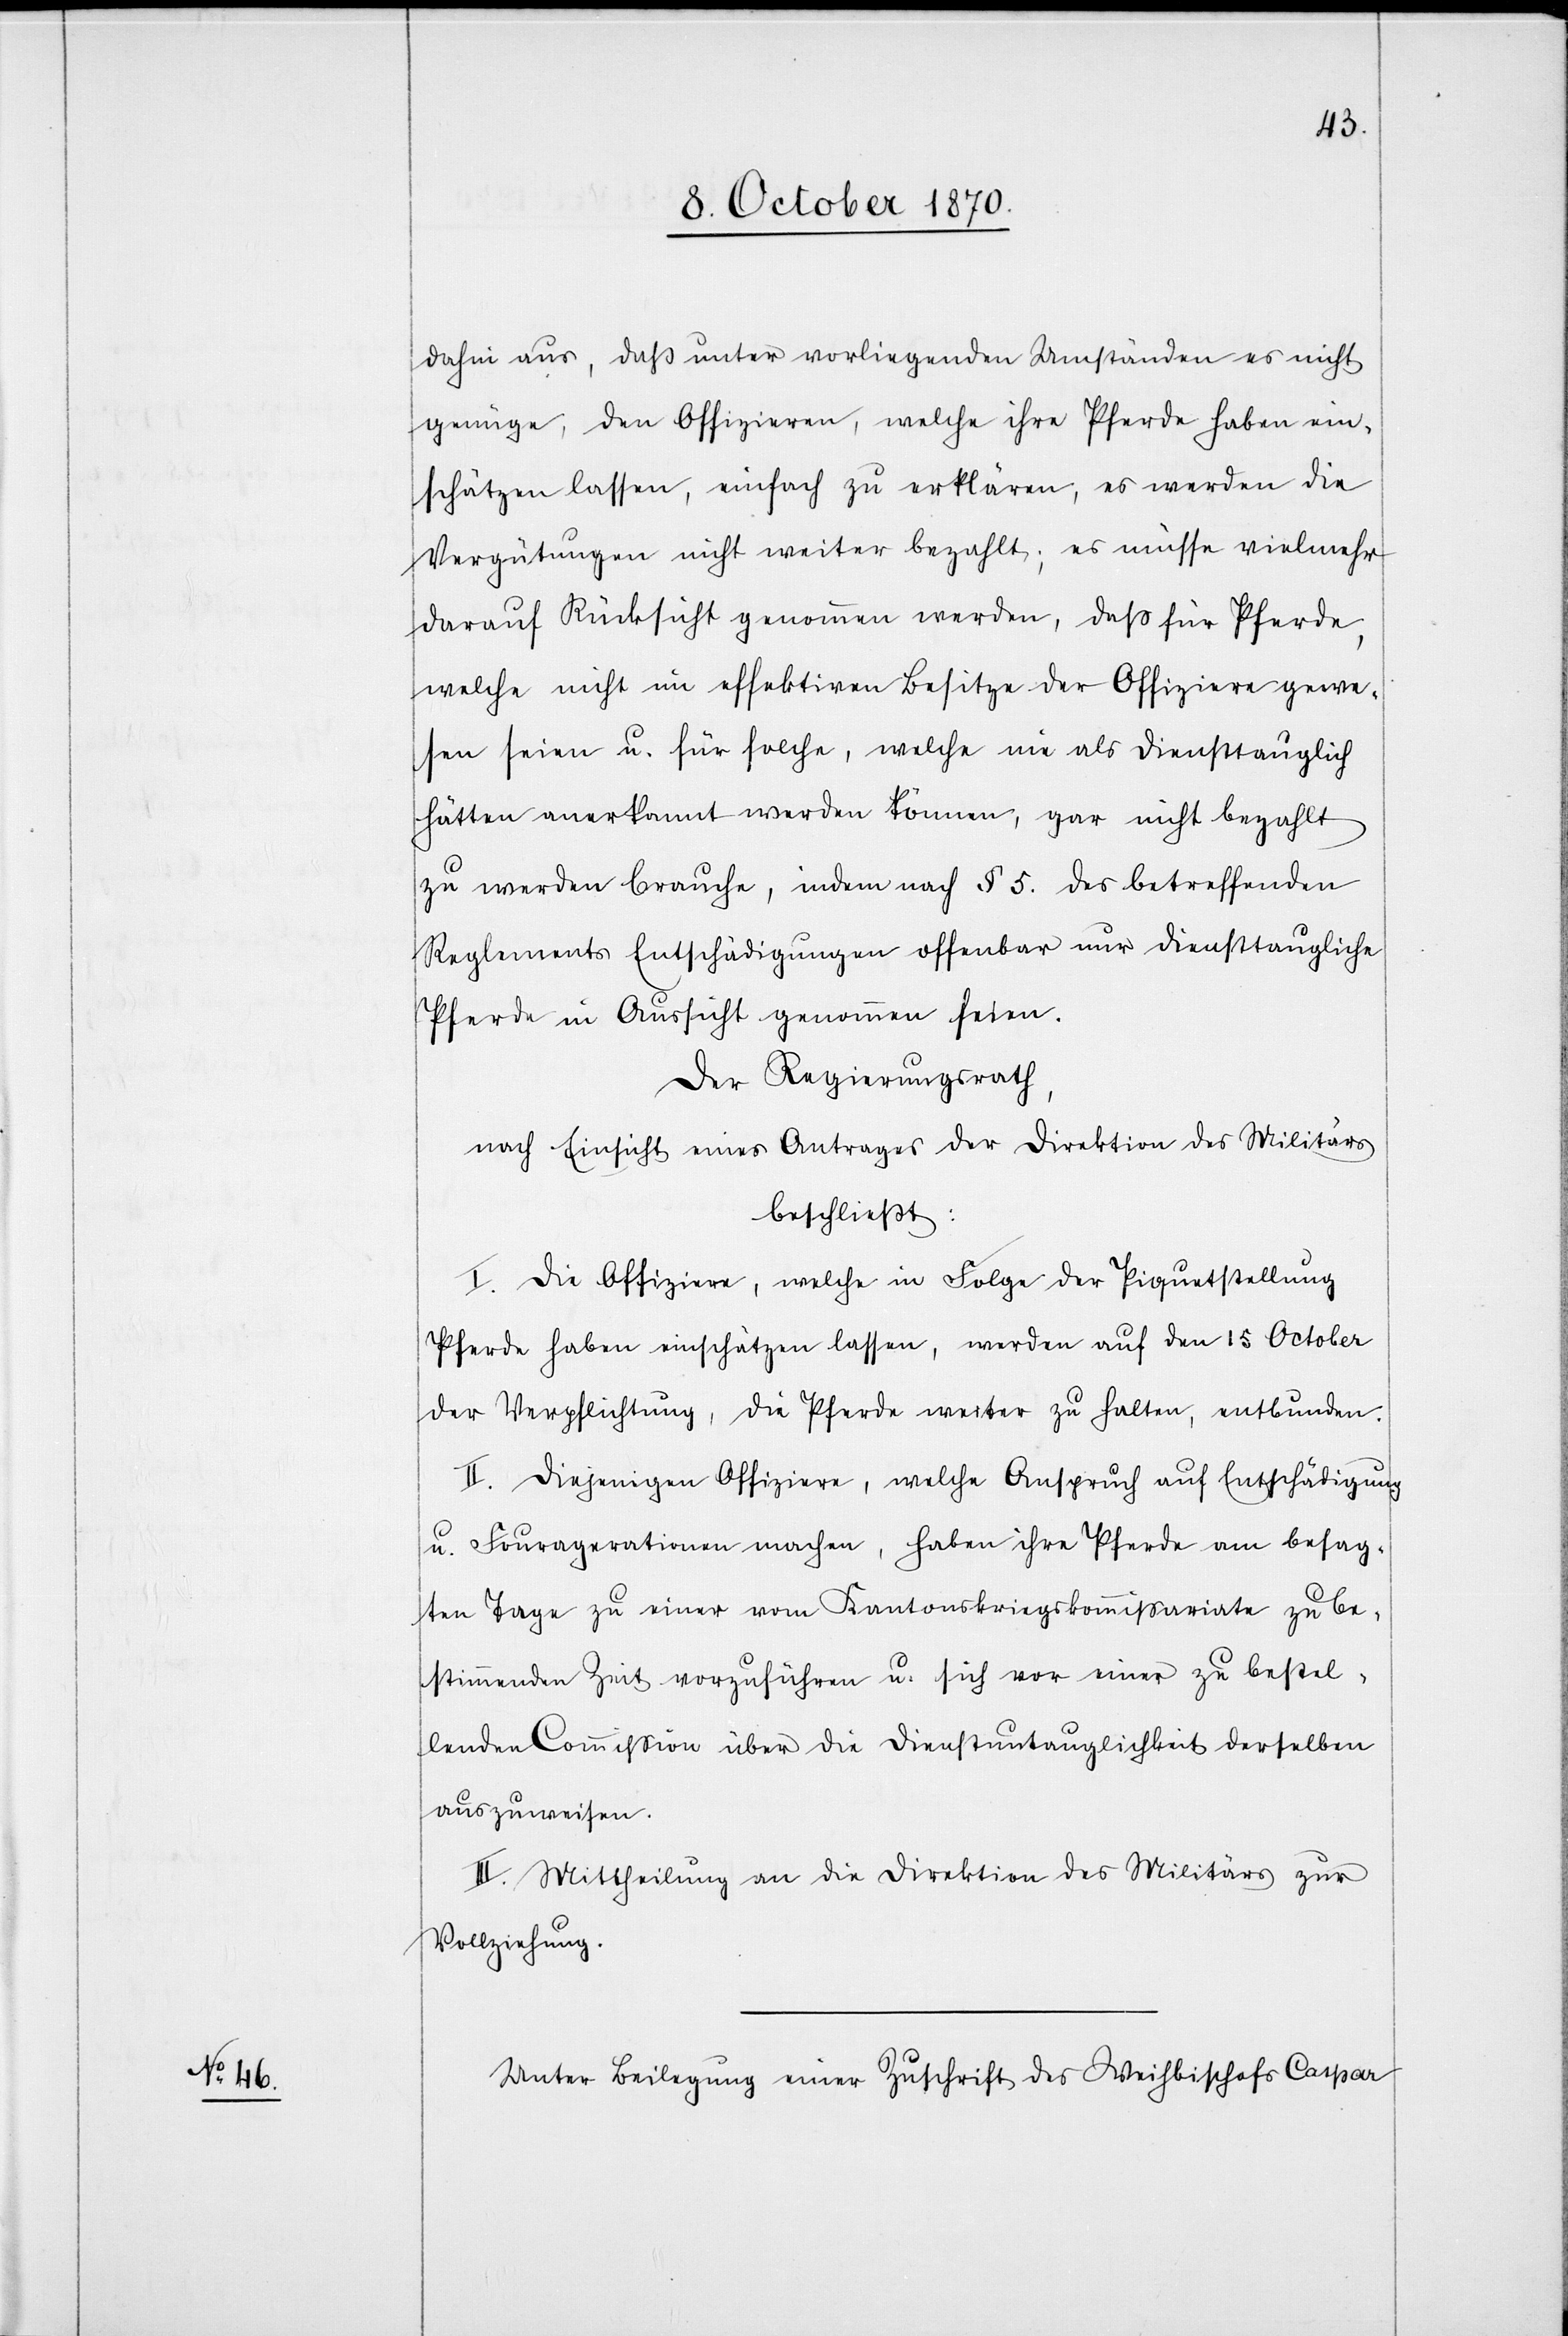
dahin aus, daß unter vorliegenden Umständen es nicht
genüge, den Offizieren, welche ihre Pferde haben ein¬
schätzen lassen, einfach zu erklären, es werden die
Vergütungen nicht weiter bezahlt; es müsse vielmehr
darauf Rücksicht genommen werden, daß für Pferde,
welche nicht im effektiven Besitze der Offiziere gewe¬
sen seien u. für solche, welche nie als diensttauglich
hätten anerkannt werden können, gar nicht bezahlt
zu werden brauche, indem nach § 5. des betreffenden
Reglements Entschädigungen offenbar nur [für] diensttaugliche
Pferde in Aussicht genommen seien.
Der Regierungsrath,
nach Einsicht eines Antrages der Direktion des Militärs,
beschließt:
I. Die Offiziere, welche in Folge der Piquetstellung
Pferde haben einschätzen lassen, werden auf den 15 {[.]}
der Verpflichtung, die Pferde weiter zu halten, entbunden.
II. Diejenigen Offiziere, welche Anspruch auf Entschädigung
u. Fouragerationen machen, haben ihre Pferde am besag¬
ten Tage zu einer vom Kantonskriegskommißariate zu be¬
stimmenden Zeit vorzuführen u. sich vor einer zu bestel¬
lenden Commission über die Dienstuntauglichkeit desselben
auszuweisen.
III. Mittheilung an die Direktion des Militärs zur
Vollziehung.
Unter Beilegung einer Zuschrift des Weihbischofs Caspar